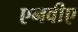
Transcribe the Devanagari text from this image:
एनवीए